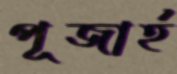
পূজার্হ